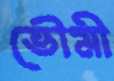
ভৌমী